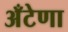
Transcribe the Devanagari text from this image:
अँटेणा